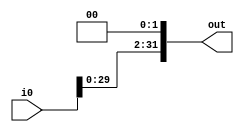
module shiftlogicalleft(
	input wire[31:0] i0,
	output reg[31:0] out
);

	always @ (i0) begin
		out = i0 << 2;
	end

endmodule